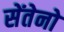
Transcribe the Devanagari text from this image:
सेंतेनो